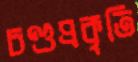
চণ্ডপ্রকৃতি